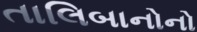
તાલિબાનોનો